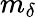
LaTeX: m_{\delta}